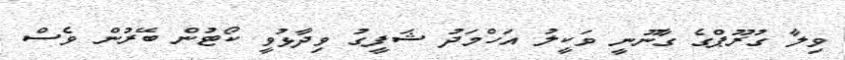
ވިލާ ގުރޫޕްގެ ގާނޫނީ ވަކީލު އަހްމަދު ޝަފީގު ވިދާޅުވީ ކޯޓުން ބޭރުން ވެސް